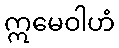
ဣမေဝါဟံ